Regulations for the medical services of the Army of India
Year: 1930
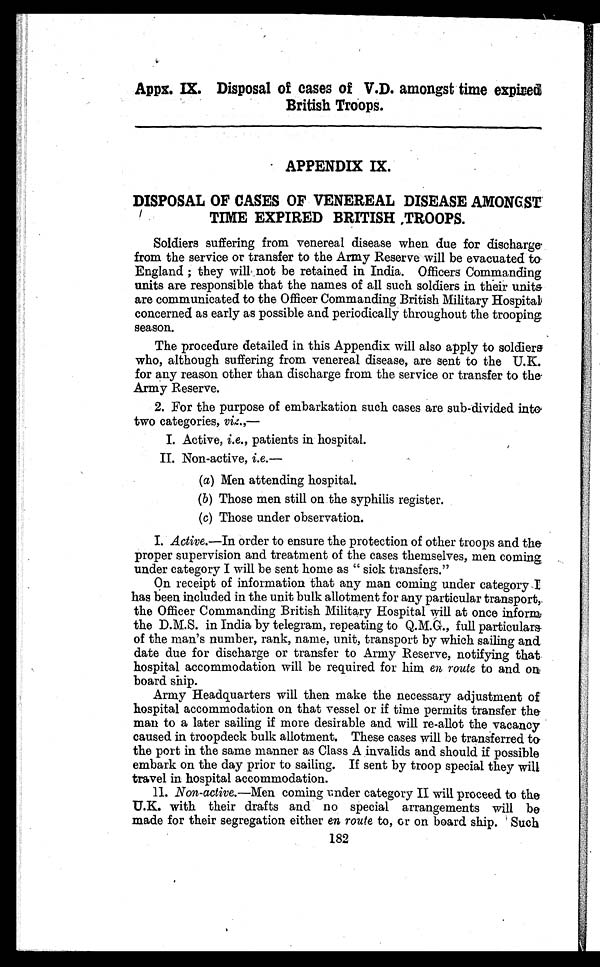
Appx. IX. Disposal of cases of V.D. amongst time expired
British Troops.
APPENDIX IX.
DISPOSAL OF CASES OF VENEREAL DISEASE AMONGST
TIME EXPIRED BRITISH ,TROOPS.
Soldiers suffering from venereal disease when due for discharge
from the service or transfer to the Army Reserve will be evacuated to
England ; they will not be retained in India. Officers Commanding
units are responsible that the names of all such soldiers in their units
are communicated to the Officer Commanding British Military Hospital
concerned as early as possible and periodically throughout the trooping
season.
The procedure detailed in this Appendix will also apply to soldiers
who, although suffering from venereal disease, are sent to the U.K.
for any reason other than discharge from the service or transfer to the
Army Reserve.
2. For the purpose of embarkation such cases are sub-divided into
two categories, viz.,
I. Active, i.e., patients in hospital.
II. Non-active, i.e.
(a)Men attending hospital.
(b)Those men still on the syphilis register.
(c)Those under observation.
I. Active.—In order to ensure the protection of other troops and the
proper supervision and treatment of the cases themselves, men coming
under category I will be sent home as “ sick transfers.”
On receipt of information that any man coming under category I
has been included in the unit bulk allotment for any particular transport,.
the Officer Commanding British Military Hospital will at once inform
the D.M.S. in India by telegram, repeating to Q.M.G., full particulars
of the man's number, rank, name, unit, transport by which sailing and
date due for discharge or transfer to Army Reserve, notifying that
hospital accommodation will be required for him en route to and on
board ship.
Army Headquarters will then make the necessary adjustment of
hospital accommodation on that vessel or if time permits transfer the
man to a later sailing if more desirable and will re-allot the vacancy
caused in troopdeck bulk allotment. These cases will be transferred to
the port in the same manner as Class A invalids and should if possible
embark on the day prior to sailing. If sent by troop special they will
travel in hospital accommodation.
11. Non-active.—Men coming under category II will proceed to the
U.K. with their drafts and no special arrangements will be
made for their segregation either en route to, or on board ship. Such
182